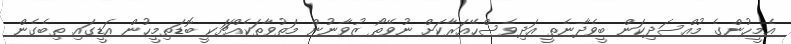
އެމީހުންގެ މުއްސަދިކަން ބީވެދާނެތީ އަދިވެސްހޭއަރާކަށް ނުވޭތޯ ޒުވާނުން މަތުވާތަކެއްޗަކީ ބޮޑަތިމީހުން އަޑީގައި ތިބެގެން